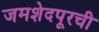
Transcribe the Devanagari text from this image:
जमशेदपूरची